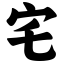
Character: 宅